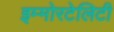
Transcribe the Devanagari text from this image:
इम्मोरटेलिटी